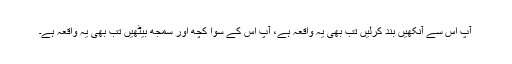
آپ اس سے آنکھیں بند کرلیں تب بھی یہ واقعہ ہے، آپ اس کے سوا کچھ اور سمجھ بیٹھیں تب بھی یہ واقعہ ہے۔